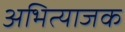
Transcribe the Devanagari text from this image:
अभित्याजक